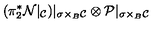
( \pi _ { 2 } ^ { * } { \cal N } | _ { { \cal { C } } } ) | _ { \sigma \times _ { B } { \cal { C } } } \otimes { \cal { P } } | _ { \sigma \times _ { B } { \cal { C } } }